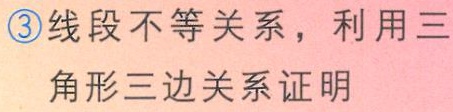
\textcircled{3}线段不等关系，利用三角形三边关系证明